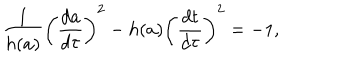
{ \frac { 1 } { h ( a ) } } \left( { \frac { d a } { d \tau } } \right) ^ { 2 } - h ( a ) \left( { \frac { d t } { d \tau } } \right) ^ { 2 } = - 1 ,